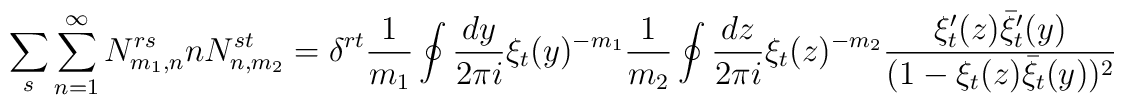
\sum_{s} \sum_{n=1}^{\infty} N^{rs}_{m_1,n} n N^{st}_{n,m_2}= \delta^{rt}  \frac{1}{m_1} \oint \frac{dy}{2 \pi i} \xi_t(y)^{-m_1}\frac{1}{m_2} \oint \frac{dz}{2 \pi i} \xi_t(z)^{-m_2}\frac{\xi_t'(z)\bar{\xi}_t'(y)}{(1 -  \xi_t(z)\bar{\xi}_t(y))^2}